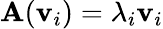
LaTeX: \mathbf{A}(\mathbf{{v}}_{i})=\lambda_{i}\mathbf{{v}}_{i}